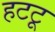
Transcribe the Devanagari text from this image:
हटटू